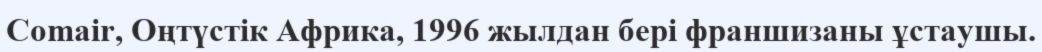
Comair, Оңтүстік Африка, 1996 жылдан бері франшизаны ұстаушы.